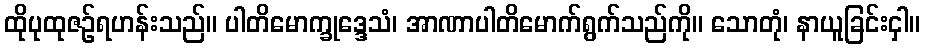
ထိုပုထုဇဉ်ရဟန်းသည်။ ပါတိမောက္ခုဒ္ဒေသံ၊ အာဏာပါတိမောက်ရွက်သည်ကို။ သောတုံ၊ နာယူခြင်းငှါ။